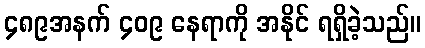
၄၈၉အနက် ၄၀၉ နေရာကို အနိုင် ရရှိခဲ့သည်။